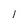
Character: 1